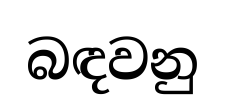
බඳවනු